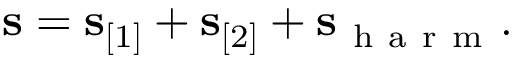
\mathbf s = \mathbf s _ { [ 1 ] } + \mathbf s _ { [ 2 ] } + \mathbf s _ { \mathrm { ~ h ~ a ~ r ~ m ~ } } .